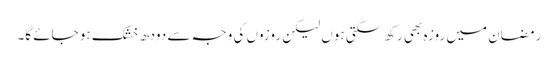
رمضان میں روزہ بھی رکھ سکتی ہوں لیکن روزوں کی وجہ سے دودھ خشک ہو جائے گا۔